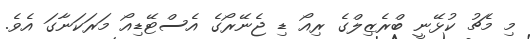
މި މެޗު ކުޅޭނީ ބްރެޒިލްގެ ރިއޯ ޑި ޖެނޭރޯގެ އެސްޓޭޑިއޯ މަރަކަނާގަ އެވެ.